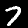
Digit: 7